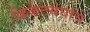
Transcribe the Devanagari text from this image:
क्रिकेटसंघांचे